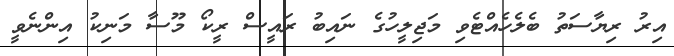
އިރު ރިޔާސަތު ބެލެހެއްޓެވި މަޖިލީހުގެ ނައިބު ރައީސް ރީކޯ މޫސާ މަނިކު އިންނެވީ